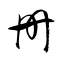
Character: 冊